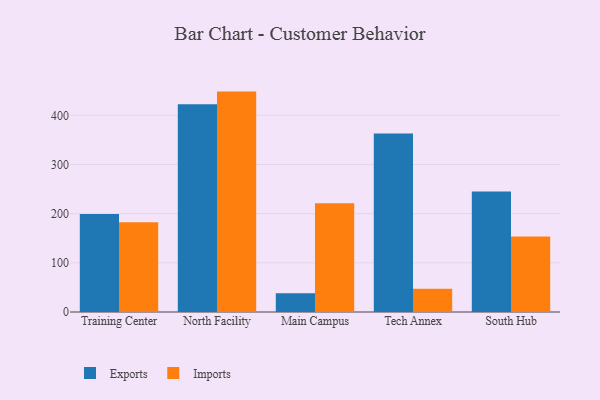
{"axis": {"x": "Campus", "y": "Waste Production (Tons)"}, "legend": ["Exports", "Imports"], "data": [{"x": "Training Center", "y": 199.2, "type": "Exports"}, {"x": "Training Center", "y": 182.7, "type": "Imports"}, {"x": "North Facility", "y": 422.7, "type": "Exports"}, {"x": "North Facility", "y": 448.2, "type": "Imports"}, {"x": "Main Campus", "y": 38.0, "type": "Exports"}, {"x": "Main Campus", "y": 221.0, "type": "Imports"}, {"x": "Tech Annex", "y": 362.9, "type": "Exports"}, {"x": "Tech Annex", "y": 47.2, "type": "Imports"}, {"x": "South Hub", "y": 245.0, "type": "Exports"}, {"x": "South Hub", "y": 153.6, "type": "Imports"}]}